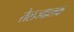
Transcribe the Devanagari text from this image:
तेलज्वालक